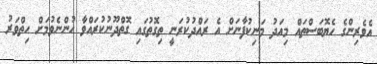
އެވެރިންގެ ހެޔޮބަސްތައް މިއަދު މަނިކުފާނަށް އެ ރައްދުކުރަނީ ތިގޮތުގައި ގޮތްދޫނުކުރައްވާ ހުންނެވުމަށް ހިތްވަރު